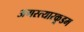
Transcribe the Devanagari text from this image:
अगस्त्यारकूडम